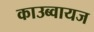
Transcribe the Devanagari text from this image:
काउब्वायज